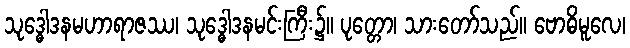
သုဒ္ဓေါဒနမဟာရာဇဿ၊ သုဒ္ဓေါဒနမင်းကြီး၌။ ပုတ္တော၊ သားတော်သည်။ ဗောဓိမူလေ၊